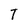
Character: T